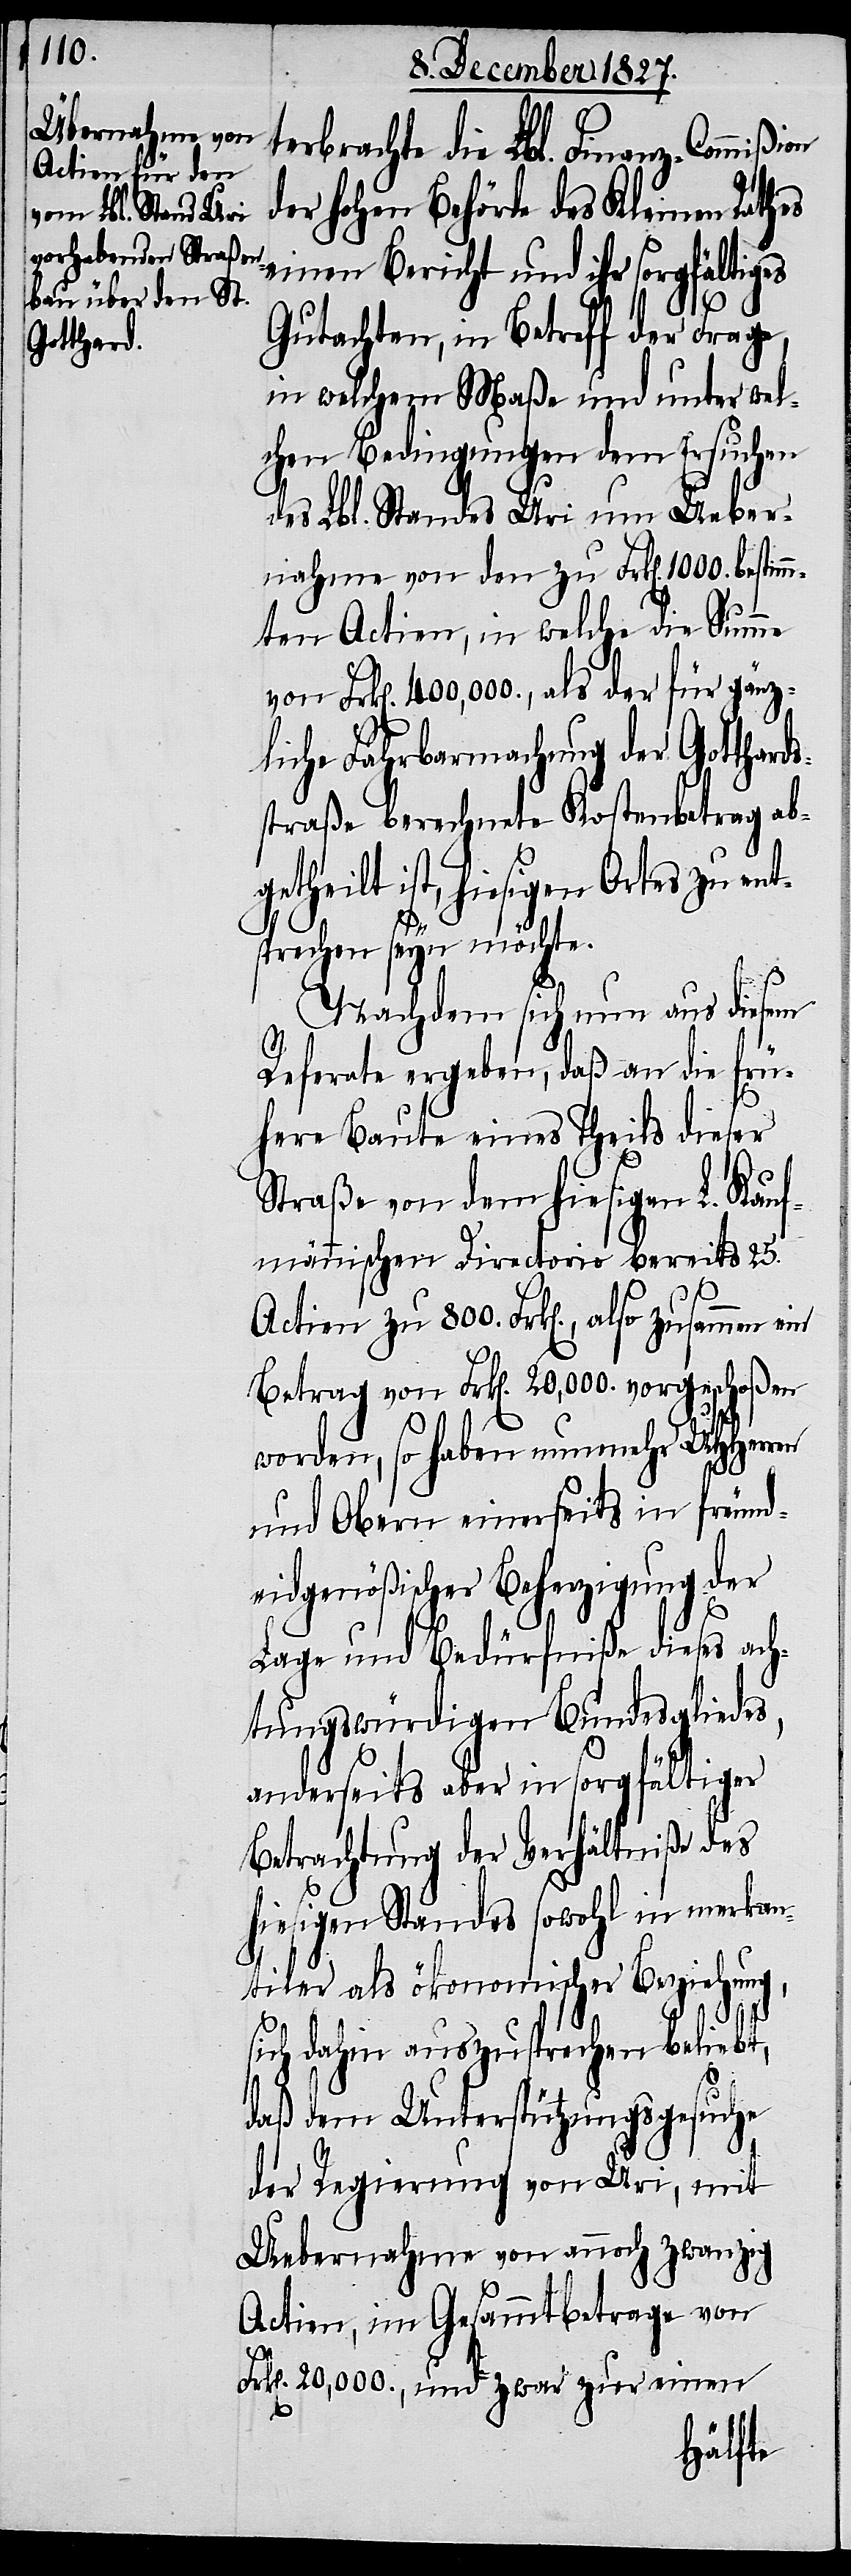
terbrachte die Lbl. Finanz-Commißi¬
der hohen Behörde des Kleinen Rathes
einen Bericht und ihr sorgfältiges
Gutachten, in Betreff der Frage,
in welchem Maße und unter wel¬
chen Bedingungen dem Ersuchen
des Lbl. Standes Uri um Ueber¬
nahme von den zu Frk[en]. 1000. bestim¬
mten Actien, in welche die Summe
von Frk[en]. 400,000., als der für gänz¬
liche Fahrbarmachung der Gotthard¬
straße berechnete Kostenbetrag abg¬
etheilt ist, hiesigen Ortes zu en¬
tsprechen seyn möchte.
Nachdem sich nun aus diesem
on
Referate ergeben, daß an die frü¬
here Baute eines Theils dieser
Straße von dem hiesigen L. Kauf¬
männischen Directorio bereits 25.
Actien zu 800. Frk[en]., also zusammen
Betrag von Frk[en]. 20,000. vorgeschoßen
worden, so haben nunmehr UHHerren
und Obern einerseits in freund¬
eidgenößischer Beherzigung der
Lage und Bedürfniße dieses ach¬
tungswürdigen Bundesgliedes,
anderseits aber in sorgfältiger
Betrachtung der Verhältniße des
hiesigen Standes sowohl in merkan¬
tiler als ökonomischer Beziehung,
sich dahin auszusprechen beliebt,
daß dem Unterstützungsgesuche
der Regierung von Uri, mit
Uebernahme von annoch zwanzig
Actien, im Gesammtbetrage von
Frk[en]. 20,000., und zwar zur einen